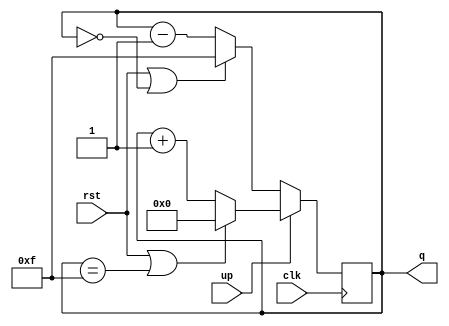

// Up-Down Counter (Synchronous Clear)

// Software: Icarus Verilog 

module counter (q,clk,rst,up);

	input clk,rst,up;
	output reg [3:0] q;
	
	always @(posedge clk)
	begin
	
		if (up==1)
		begin
			if (rst|q==4'b1111)
				q<=4'b0000;
			else
				q<=q+4'b1;
		end
		else
		begin
			if (rst|q==4'b0000)
				q<=4'b1111;
				
			else
				
				q<=q-1;
			
		end
	end
endmodule